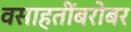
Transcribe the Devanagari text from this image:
वसाहतींबरोबर